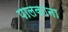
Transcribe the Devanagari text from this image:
पालकाना